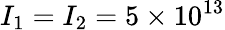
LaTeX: I_{1}=I_{2}=5\times 10^{13}